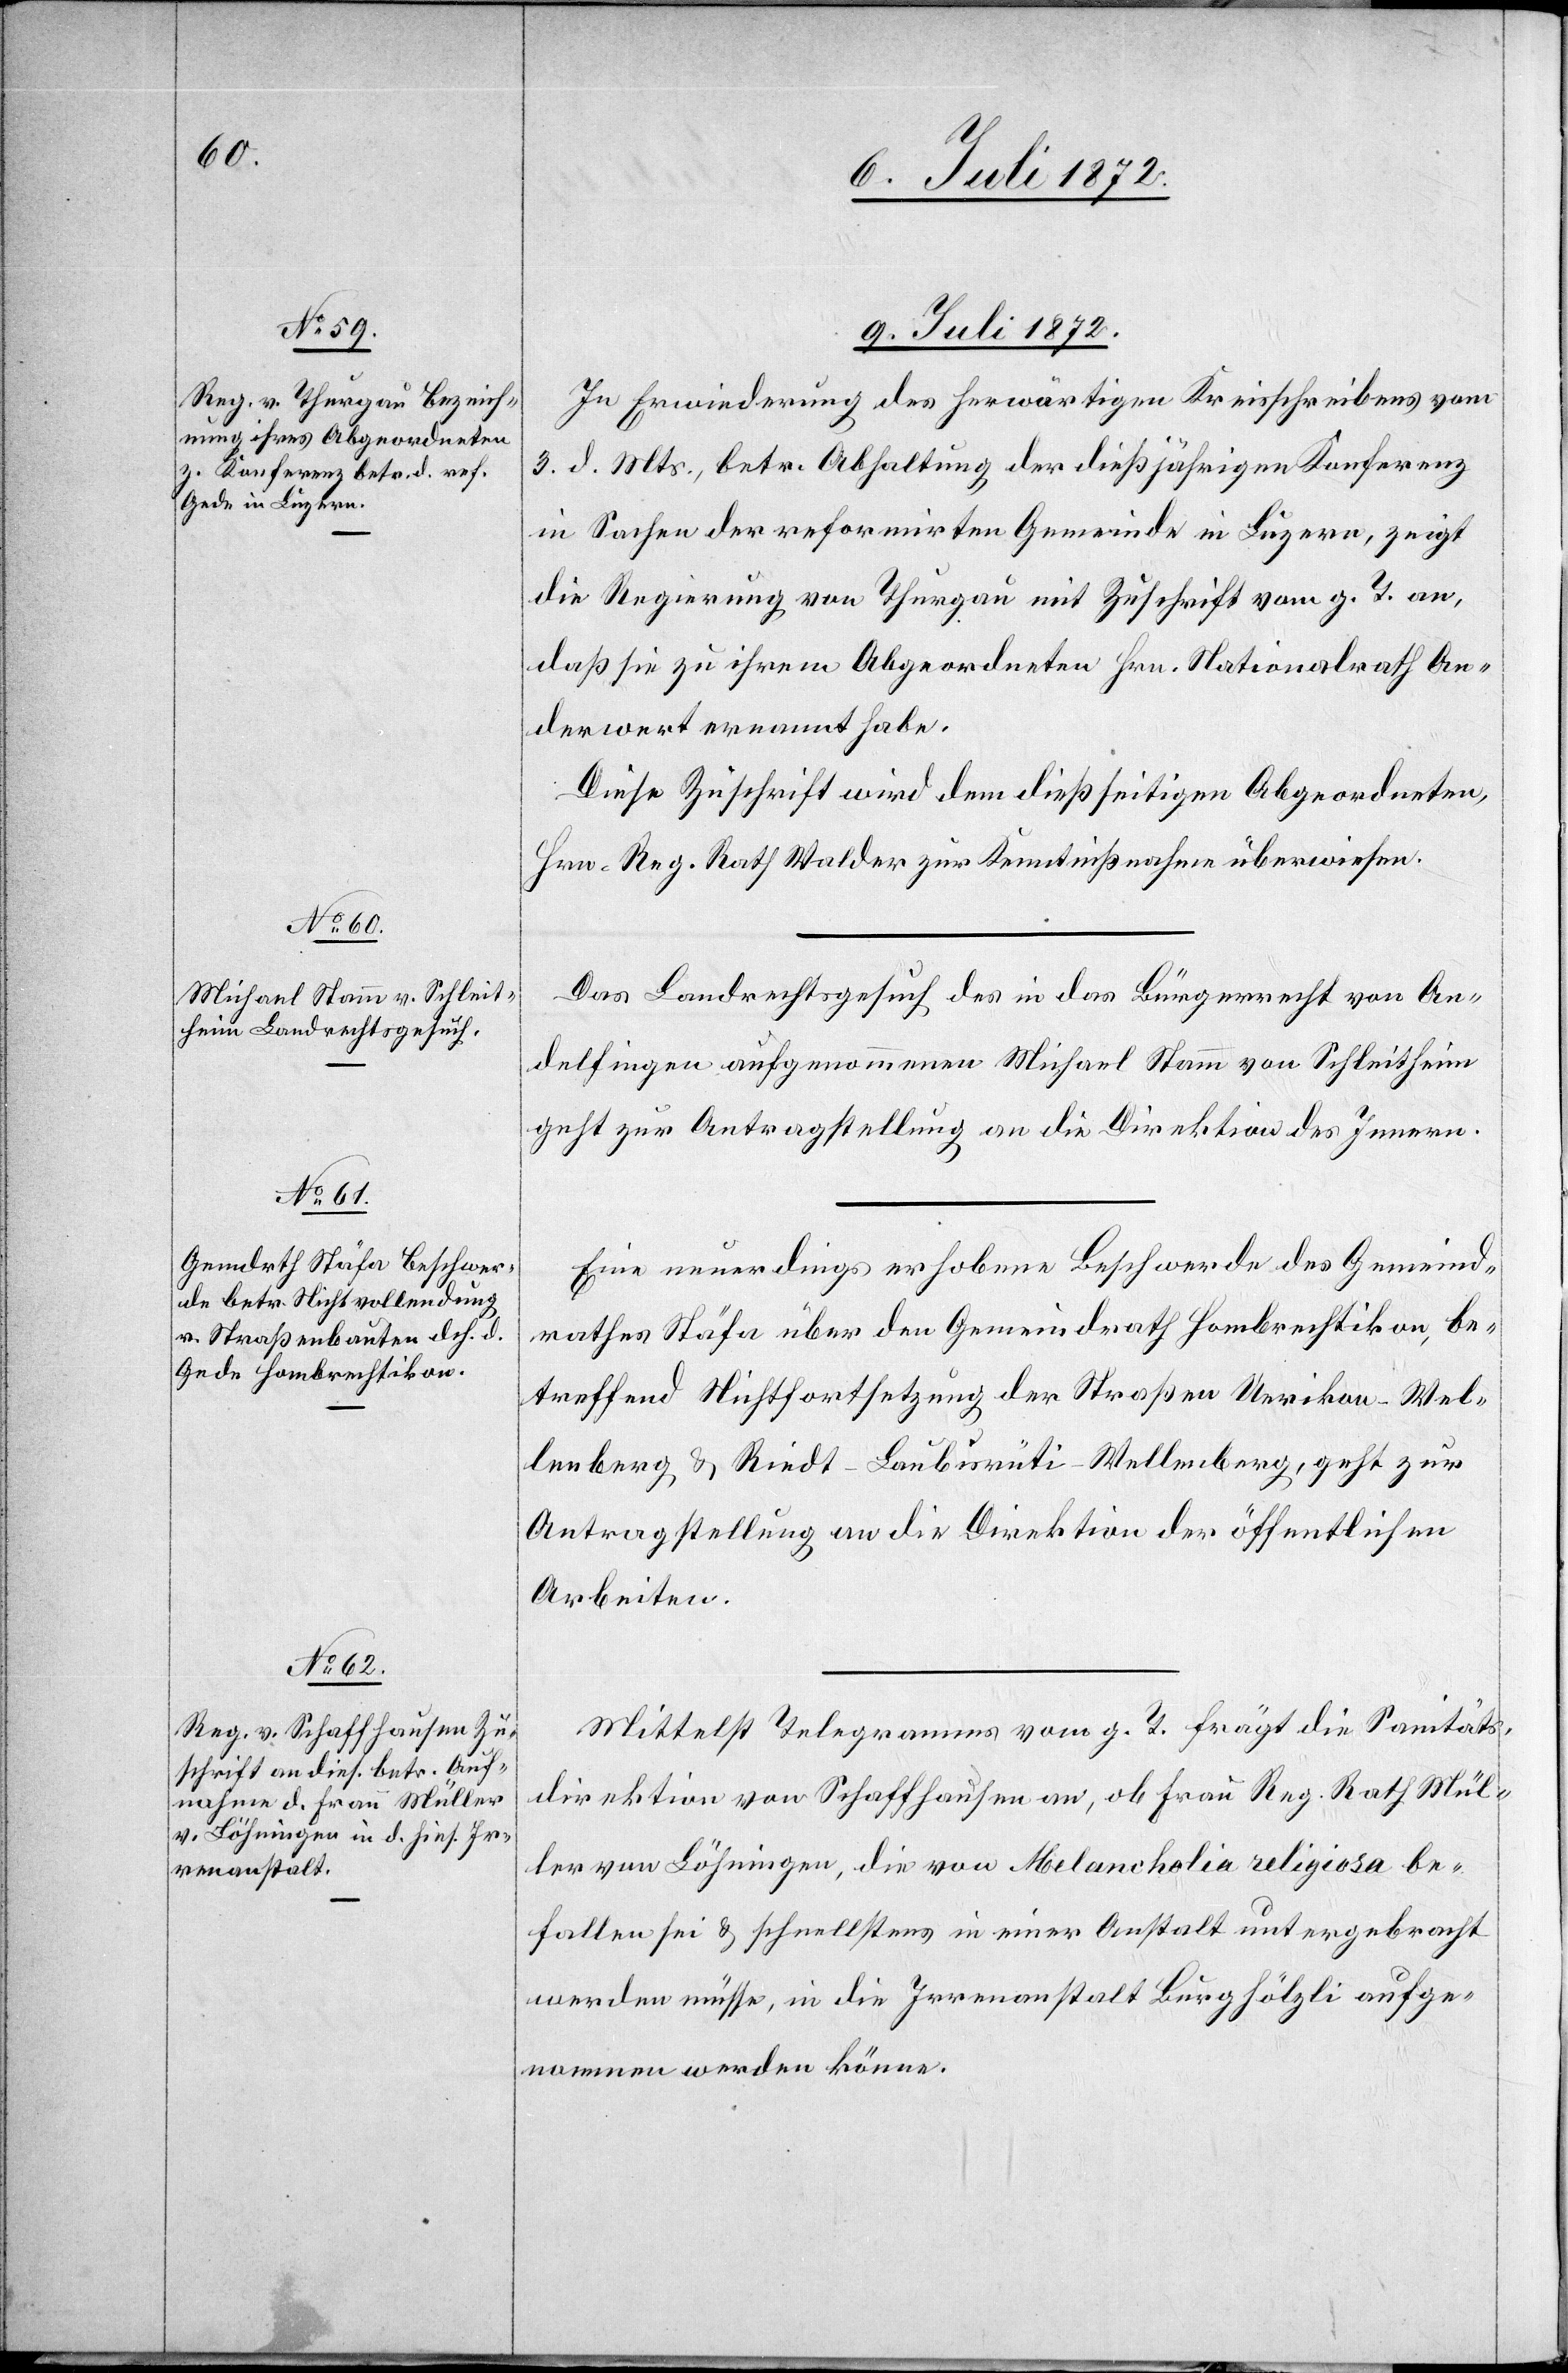
9. Juli 1872.]
In Erwiederung des herwärtigen Kreisschreibens vom
3. d. Mts., betr. Abhaltung der dießjährigen Konferenz
in Sachen der reformirten Gemeinde in Luzern, zeigt
die Regierung von Thurgau mit Zuschrift vom g. T. an,
daß sie zu ihrem Abgeordneten Hrn. Nationalrath An¬
derwert ernannt habe.
Diese Zuschrift wird dem dießseitigen Abgeordneten,
Hrn. Reg. Rath. Walder zur Kenntnißnahme überwiesen.
Das Landrechtsgesuch des in das Bürgerrecht von An¬
delfingen aufgenommenen Michael Stamm von Schleitheim
geht zur Antragstellung an die Direktion des Innern.
Eine neuerdings erhobene Beschwerde des Gemeind¬
rathes Stäfa über den Gemeindrath Hombrechtikon, be¬
treffend Nichtfortsetzung der Straßen Uerikon–Wel¬
lenberg u. Riedt–Laubisrüti–Wellenberg, geht zur
Antragstellung an die Direktion der öffentlichen
Arbeiten.
Mittelst Telegramms vom g. T. frägt die Sanitäts¬
direktion von Schaffhausen an, ob Frau Reg. Rath Mül¬
ler von Löhningen, die von Melancholia religiosa be¬
fallen sei u. schnellstens in einer Anstalt untergebracht
werden müsse, in die Irrenanstalt Burghölzli aufge¬
nommen werden könne.